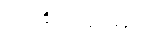
ဂေါစရ ၃-မျိုး